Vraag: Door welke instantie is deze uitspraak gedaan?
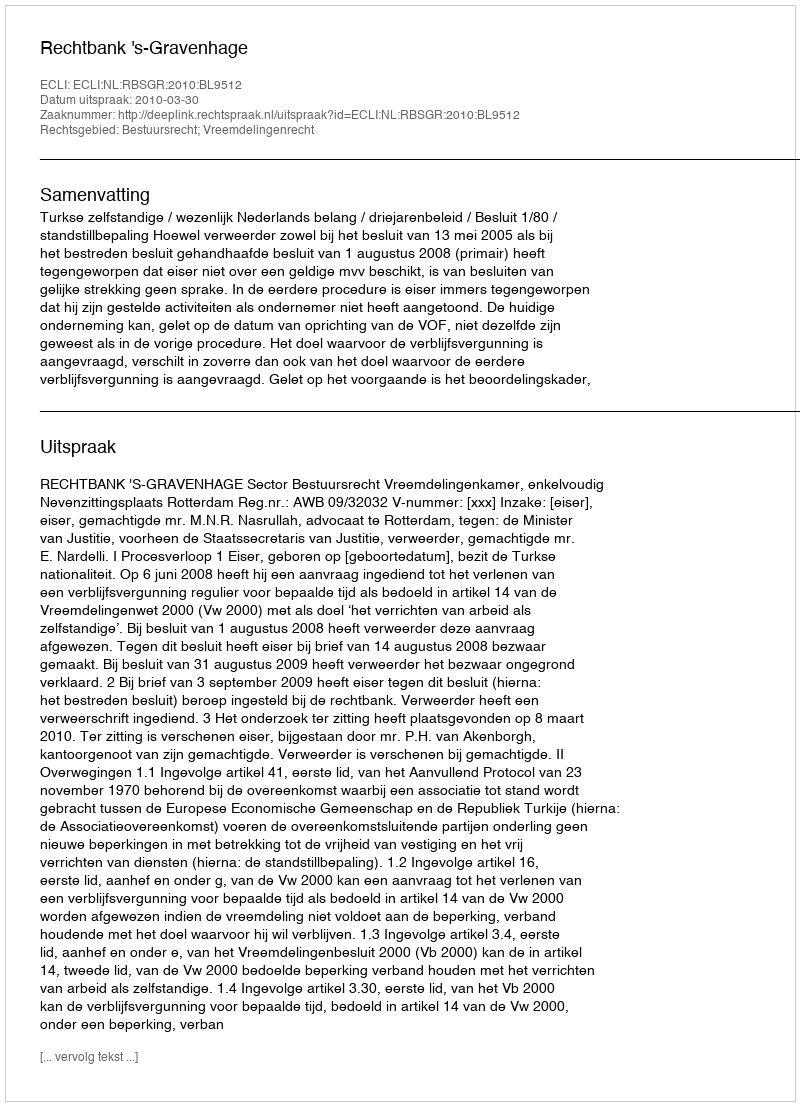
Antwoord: Rechtbank 's-Gravenhage